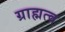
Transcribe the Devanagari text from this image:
ग्राह्मत्व